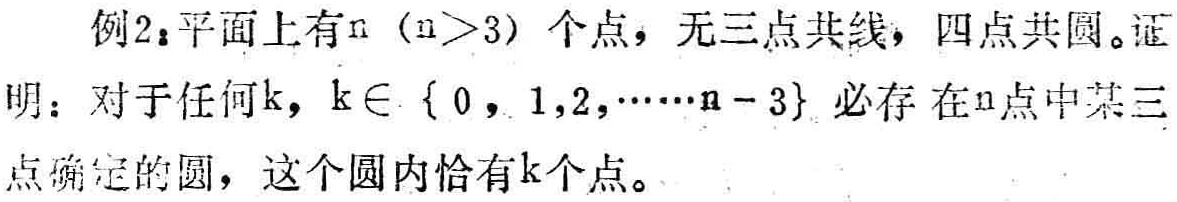
例2：平面上有\(n\)（\(n>3\)）个点，无三点共线，四点共圆。证明：对于任何\(k\)，\(k\in \{ 0,1,2,\cdots,n - 3\}\)必存在\(n\)点中某三点确定的圆，这个圆内恰有\(k\)个点。